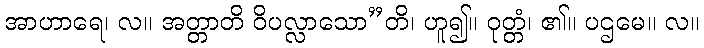
အာဟာရေ၊ လ။ အတ္တာတိ ဝိပလ္လာသော”တိ၊ ဟူ၍။ ဝုတ္တံ၊ ၏။ ပဌမေ။ လ။